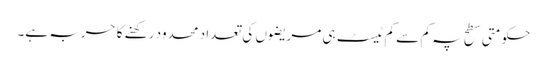
حکومتی سطح پہ کم سے کم ٹیسٹ ہی مریضوں کی تعداد محدود رکھنے کا حربہ ہے۔